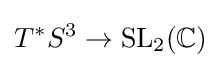
T^{*}S^{3}\rightarrow \operatorname {SL} _{2}(\mathbb {C} )